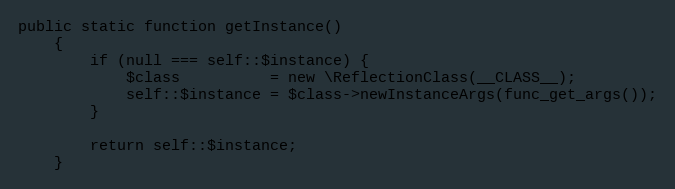
Language: PHP
public static function getInstance()
    {
        if (null === self::$instance) {
            $class          = new \ReflectionClass(__CLASS__);
            self::$instance = $class->newInstanceArgs(func_get_args());
        }

        return self::$instance;
    }